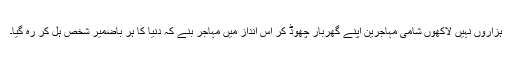
ہزاروں نہیں لاکھوں شامی مہاجرین اپنے گھربار چھوڈ کر اس انداز میں مہاجر بنے کہ دنیا کا ہر باضمیر شخص ہل کر رہ گیا۔